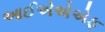
આઈએએએફ